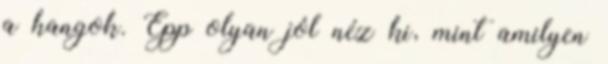
a hangok. Épp olyan jól néz ki, mint amilyen